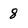
Character: 8